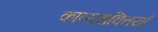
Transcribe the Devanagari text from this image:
काव्यशक्तियाँ